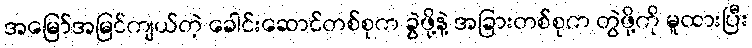
အမြော်အမြင်ကျယ်တဲ့ ခေါင်းဆောင်တစ်စုက ခွဲဖို့နဲ့ အခြားတစ်စုက တွဲဖို့ကို မူထားပြီး